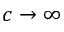
c \rightarrow \infty